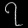
Digit: ၇